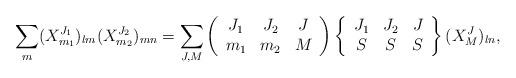
LaTeX: \begin{align*}\sum_m(X_{m_1}^{J_1})_{l m} (X_{m_2}^{J_2})_{m n} = \sum_{J, M}\left ( \begin{array}{ccc}J_1 & J_2 & J\\m_1 & m_2 & M\end{array} \right ) \left \{ \begin{array}{ccc}J_1 & J_2 & J\\S & S & S\end{array} \right \} (X_M^J)_{l n},\end{align*}